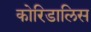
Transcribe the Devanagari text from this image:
कोरिडालिस